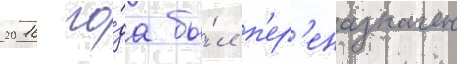
2016 го́да бы́л п'ер'еназначен